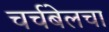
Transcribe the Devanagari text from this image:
चर्चबेलचा